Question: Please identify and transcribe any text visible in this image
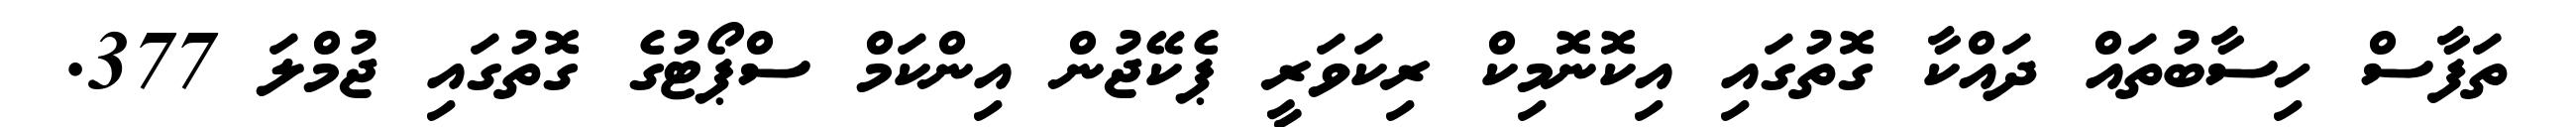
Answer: ތަފާސް ހިސާބުތައް ދައްކާ ގޮތުގައި އިކޮނޮމިކް ރިކަވަރީ ޕެކޭޖުން އިންކަމް ސްޕޯޓުގެ ގޮތުގައި ޖުމްލަ 377.